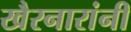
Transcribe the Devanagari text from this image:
खैरनारांनी